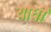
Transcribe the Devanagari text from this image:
याधी